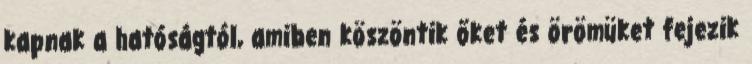
kapnak a hatóságtól, amiben köszöntik őket és örömüket fejezik